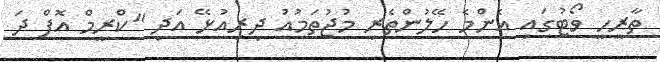
ތާރީހީ ވޯޓުގައި އެންމެ ހޭލުންތެރި މުޖުތަމުއު ދިރިއުޅޭ އަދި "ކްރީމް އޮފް ދަ